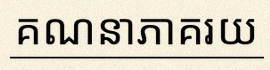
គណនាភាគរយ